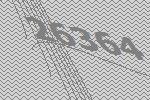
26364